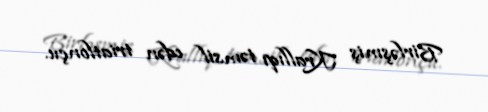
Birləşmiş Krallıqı təmsil edən triatlonçu.